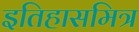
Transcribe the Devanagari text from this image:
इतिहासमित्र